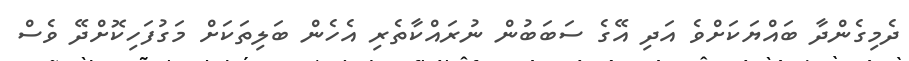
ދެމިގެންދާ ބައްޔަކަށްވެ އަދި އޭގެ ސަބަބުން ނުރައްކާތެރި އެހެން ބަލިތަކަށް މަގުފަހިކޮށްދޭ ވެސް